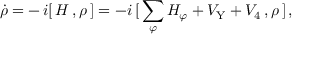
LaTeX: \dot { \rho } = - \, i [ \, H \, , \rho \, ] = - i \, [ \, \sum _ { \varphi } H _ { \varphi } + V _ { \mathrm { Y } } + V _ { 4 } \, , \rho \, ] \, ,